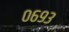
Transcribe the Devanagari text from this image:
०६९३